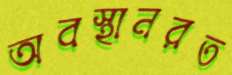
অবস্থানরত